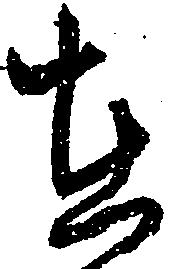
在